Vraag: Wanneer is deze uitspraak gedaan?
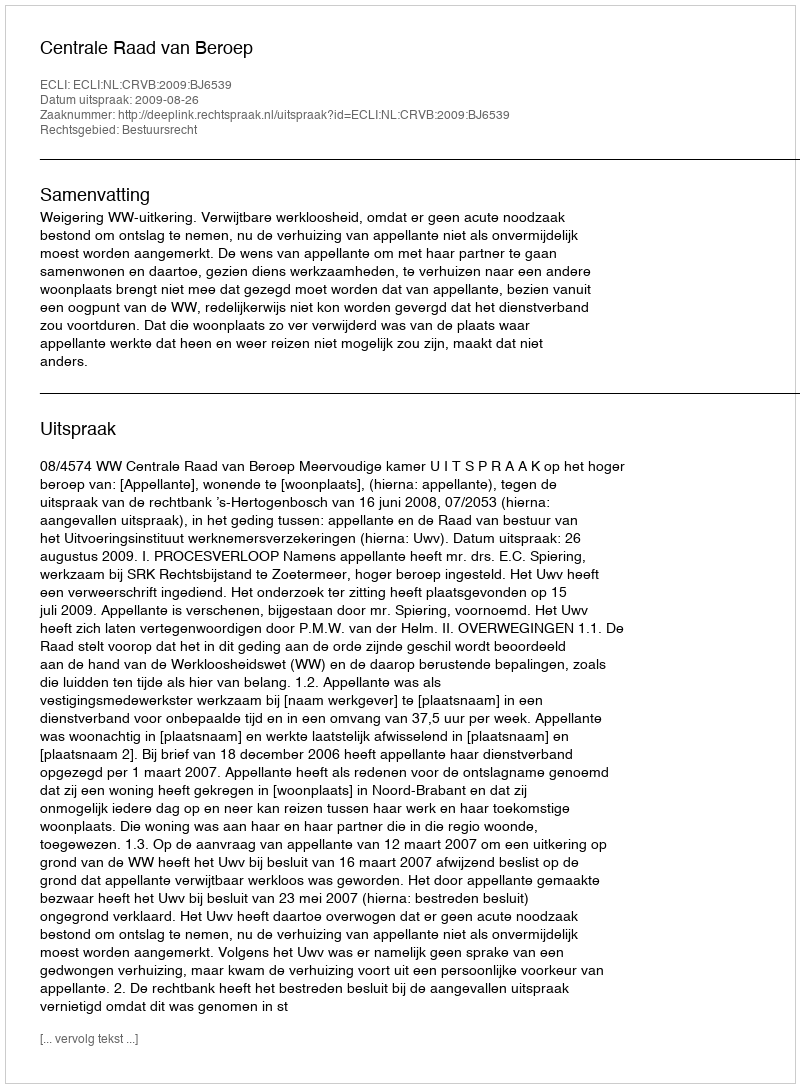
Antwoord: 2009-08-26